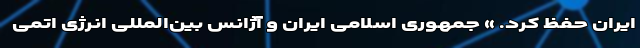
ایران حفظ کرد. » جمهوری اسلامی ایران و آژانس بین‌المللی انرژی اتمی